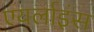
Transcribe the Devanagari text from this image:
एयर्लाइंस